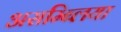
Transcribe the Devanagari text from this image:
असम्ब्लिया